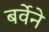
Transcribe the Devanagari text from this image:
बर्वेने